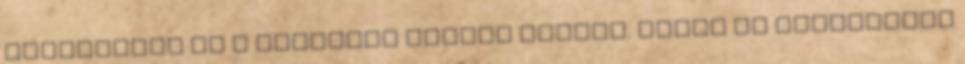
mélyraktár és a központi épület között. Ebben az időszakban